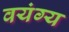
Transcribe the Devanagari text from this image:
वयंग्य